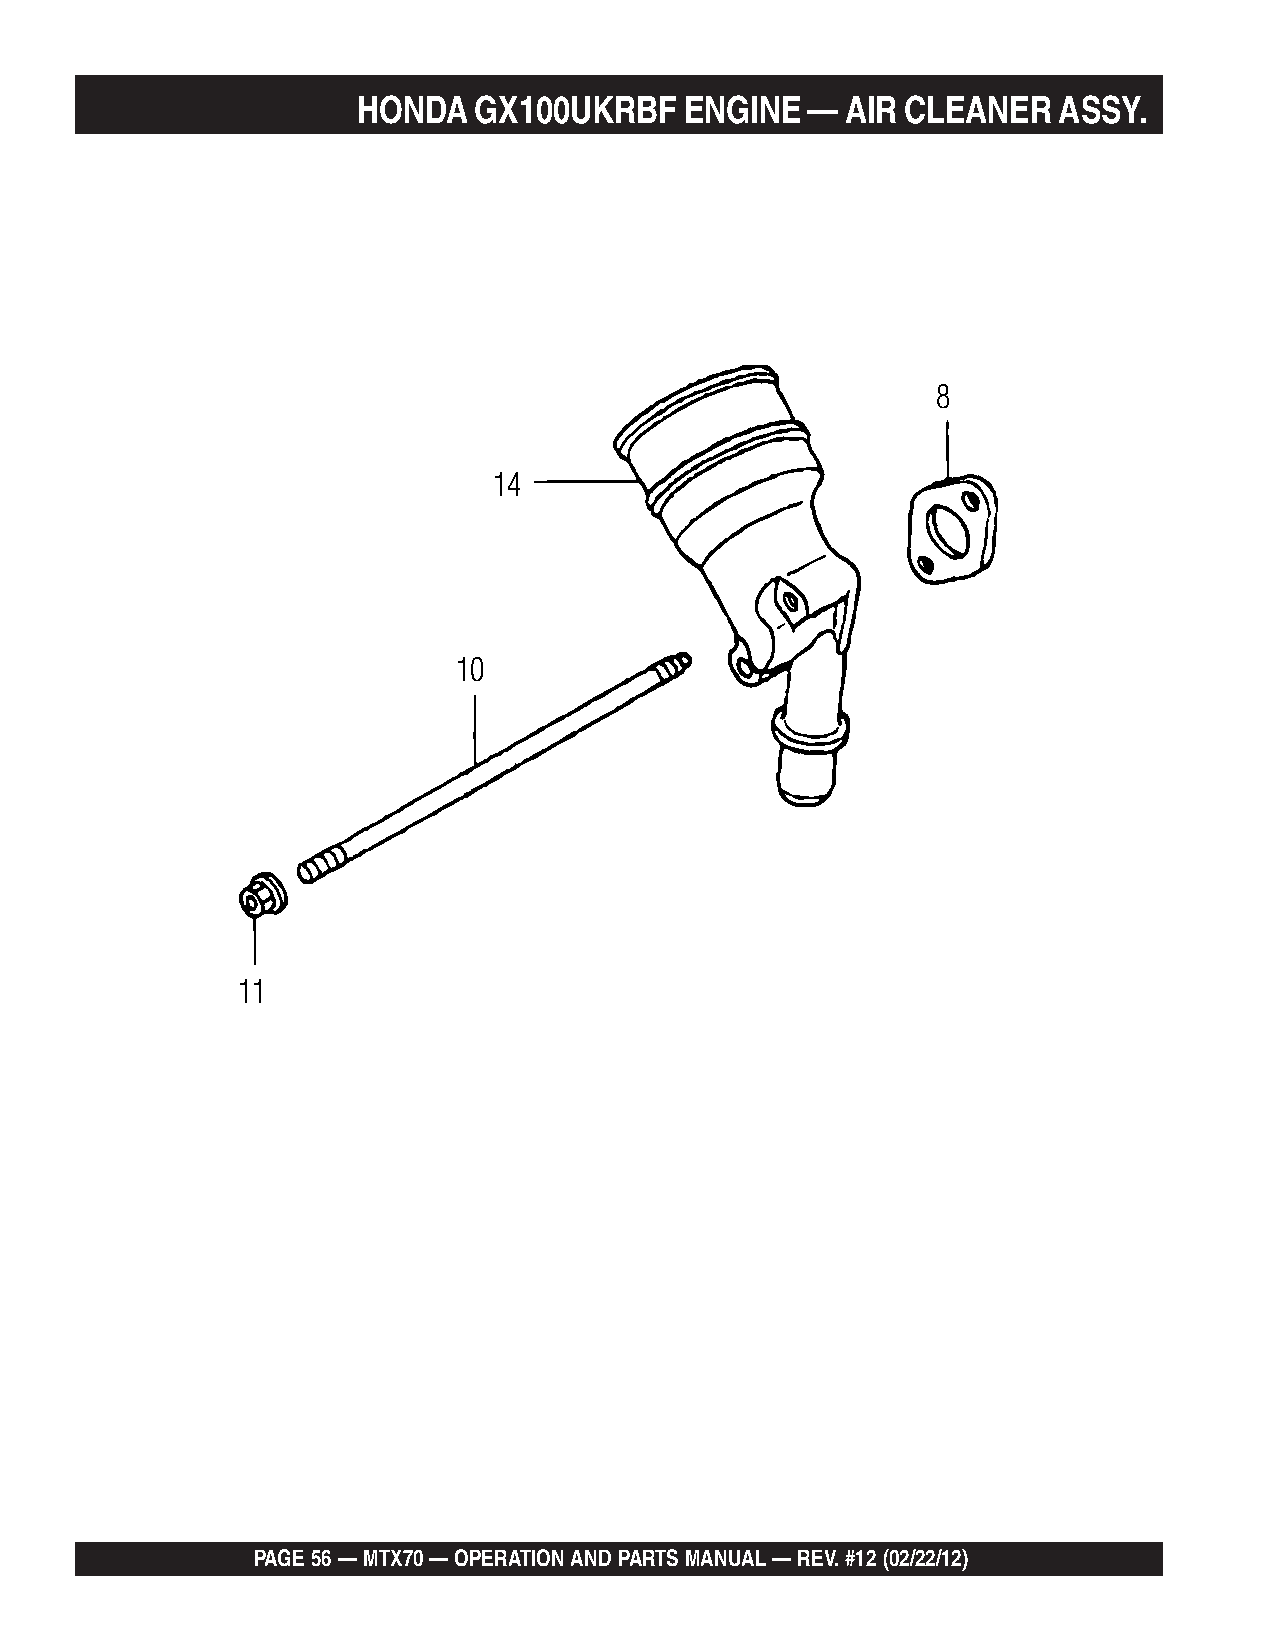
HONDA  GX100UKRBF    ENGINE  —  AIR CLEANER   ASSY.
 8
 14
 10
 11
 PAGE 56 — MTX70 — OPERATION AND PARTS MANUAL — REV. #12 (02/22/12)